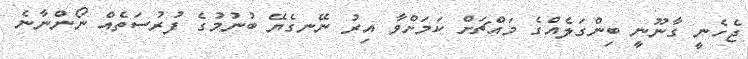
ޖެހެނީ ގާނޫނީ ބިންގަލެއްގެ މައްޗަށް ކަމަށްވާ އިރު ނޭނގެޔޭ ބުނުމުގެ ފުރުސަތެއް ނޯންނާނެ